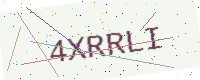
Text: 4XRRLI